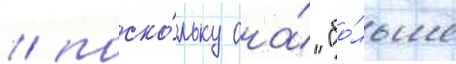
/ поско́льку она́ "бо́льше